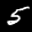
Label: 5